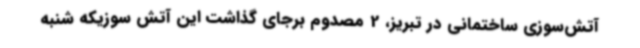
آتش‌سوزی ساختمانی در تبریز، 2 مصدوم برجای گذاشت این آتش سوزیکه شنبه